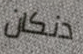
دنكان